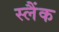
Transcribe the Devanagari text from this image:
स्लैंक